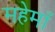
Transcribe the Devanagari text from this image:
महेमाँ